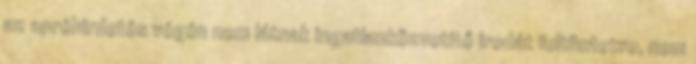
az apróhirdetés végén nem látnak ingatlanközvetítő irodát feltüntetve, nem